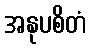
အနုပစိတံ